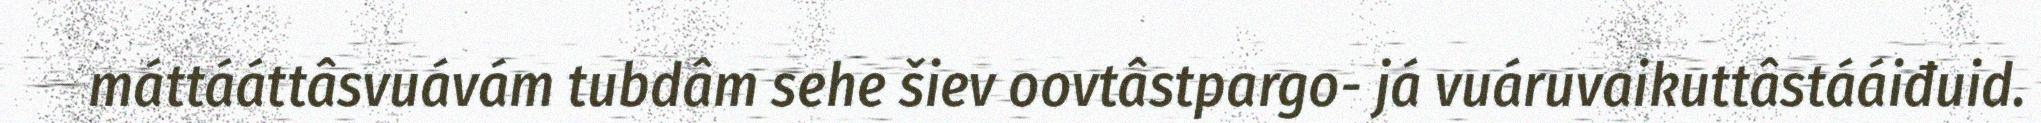
máttááttâsvuávám tubdâm sehe šiev oovtâstpargo- já vuáruvaikuttâstááiđuid.